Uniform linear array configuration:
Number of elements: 16
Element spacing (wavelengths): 1
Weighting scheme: hamming
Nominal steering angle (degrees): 15
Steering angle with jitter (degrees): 15.541
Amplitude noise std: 0.05
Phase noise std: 0.05

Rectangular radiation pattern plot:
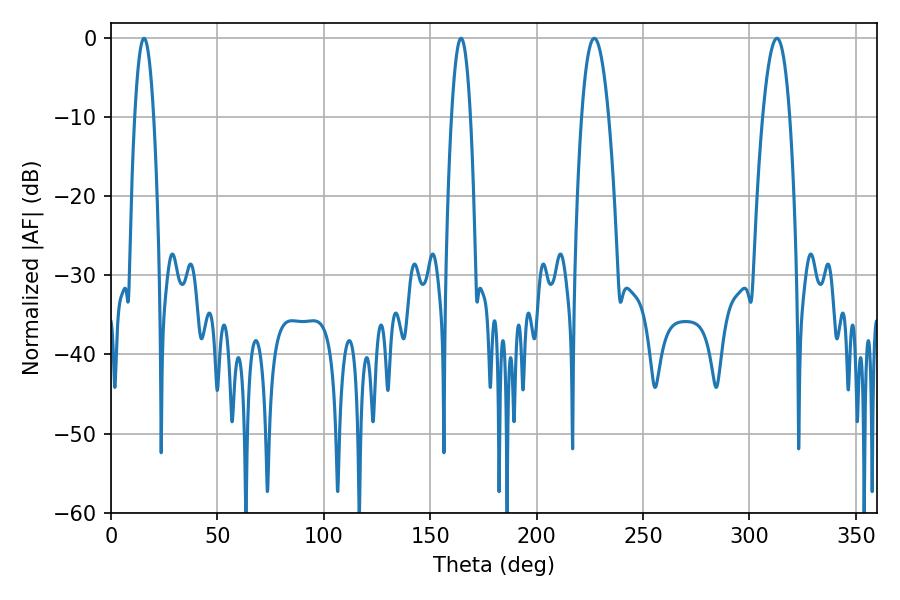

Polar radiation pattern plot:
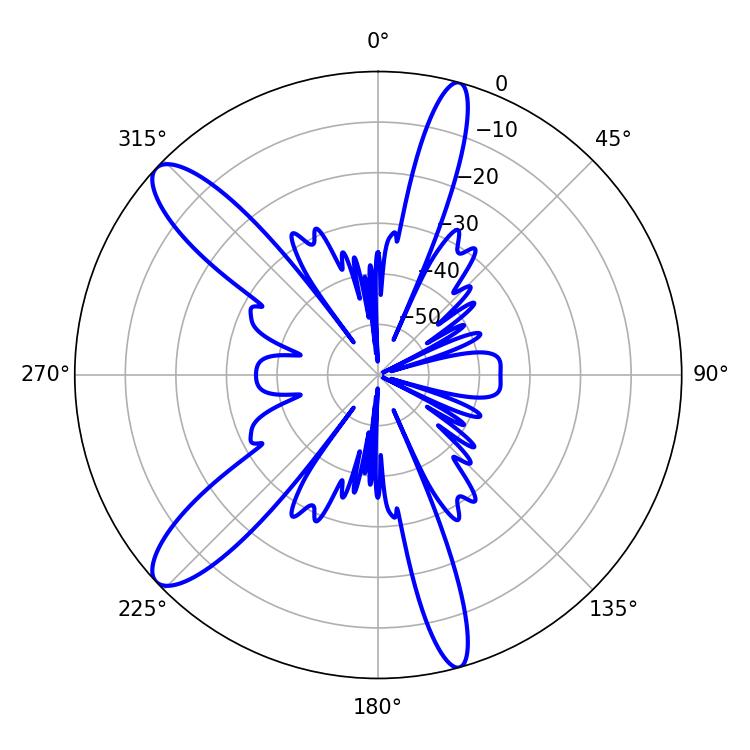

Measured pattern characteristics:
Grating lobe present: TRUE
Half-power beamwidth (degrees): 4.86
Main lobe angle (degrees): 15.48